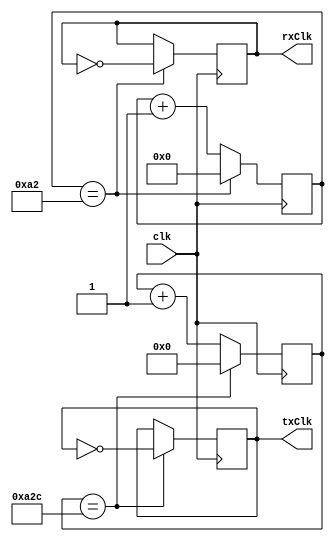
/*
 * Baud rate generator to divide {CLOCK_RATE} (internal board clock) into
 * a rx/tx {BAUD_RATE} pair with rx oversamples by 16x.
 */
module BaudRateGenerator  #(
    parameter CLOCK_RATE = 50000000, // board internal clock (def == 100MHz)
    parameter BAUD_RATE = 9600
)(
    input wire clk, // board clock
    output reg rxClk, // baud rate for rx
    output reg txClk // baud rate for tx
);
parameter MAX_RATE_RX = CLOCK_RATE / (2 * BAUD_RATE * 16); // 16x oversample
parameter MAX_RATE_TX = CLOCK_RATE / (2 * BAUD_RATE);
parameter RX_CNT_WIDTH = $clog2(MAX_RATE_RX);
parameter TX_CNT_WIDTH = $clog2(MAX_RATE_TX);

reg [RX_CNT_WIDTH - 1:0] rxCounter = 0;
reg [TX_CNT_WIDTH - 1:0] txCounter = 0;

initial begin
    rxClk = 1'b0;
    txClk = 1'b0;
end

always @(posedge clk) begin
    // rx clock
    if (rxCounter == MAX_RATE_RX[RX_CNT_WIDTH-1:0]) begin
        rxCounter <= 0;
        rxClk <= ~rxClk;
    end else begin
        rxCounter <= rxCounter + 1'b1;
    end
    // tx clock
    if (txCounter == MAX_RATE_TX[TX_CNT_WIDTH-1:0]) begin
        txCounter <= 0;
        txClk <= ~txClk;
    end else begin
        txCounter <= txCounter + 1'b1;
    end
end

endmodule